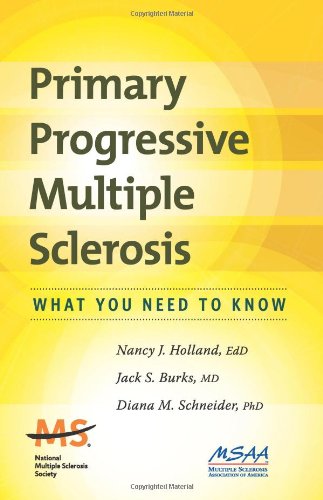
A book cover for Primary Progressive Multiple Sclerosis: What You Need To Know; Ed.D. Nancy J. Holland MSCN; Health, Fitness & Dieting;